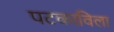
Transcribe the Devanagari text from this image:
पटकाविला